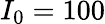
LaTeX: I_{0}=100